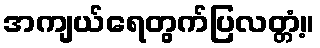
အကျယ်ရေတွက်ပြလတ္တံ့။